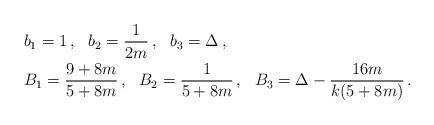
LaTeX: \begin{align*}&b_1 = 1\, , \ \ b_2 = \frac{1}{2m}\, , \ \ b_3 = \Delta\, ,\\&B_1 = \frac{9+8m}{5+8m}\, , \ \ B_2 = \frac{1}{5+8m}\, , \ \ B_3 = \Delta - \frac{16m}{k(5+8m)}\, .\end{align*}